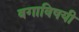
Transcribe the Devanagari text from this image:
वगाविषयी